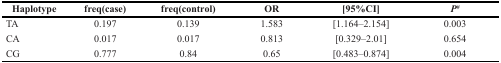
| Haplotype | freq(case) | freq(control) | OR | [95%CI] | P# |
 | --- | --- | --- | --- | --- | --- |
 | TA | 0.197 | 0.139 | 1.583 | [1.164–2.154] | 0.003 |
 | CA | 0.017 | 0.017 | 0.813 | [0.329–2.01] | 0.654 |
 | CG | 0.777 | 0.84 | 0.65 | [0.483–0.874] | 0.004 |